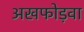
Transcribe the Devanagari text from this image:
अखफोड़वा